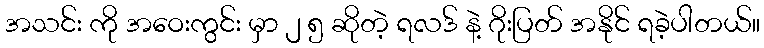
အသင်း ကို အဝေးကွင်း မှာ ၂ ၅ ဆိုတဲ့ ရလဒ် နဲ့ ဂိုးပြတ် အနိုင် ရခဲ့ပါတယ်။